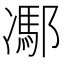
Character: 𨝭